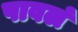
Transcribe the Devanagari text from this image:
पावलं